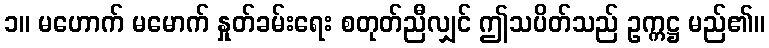
၁။ မဟောက် မမောက် နှုတ်ခမ်းရေး စတုတ်ညီလျှင် ဤသပိတ်သည် ဥက္ကဋ္ဌ မည်၏။